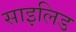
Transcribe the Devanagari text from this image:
साइलिड